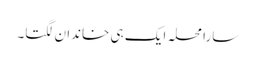
سارا محلہ ایک ہی خاندان لگتا۔